Tartu_pedagoogiumi_aruanded, lk 79
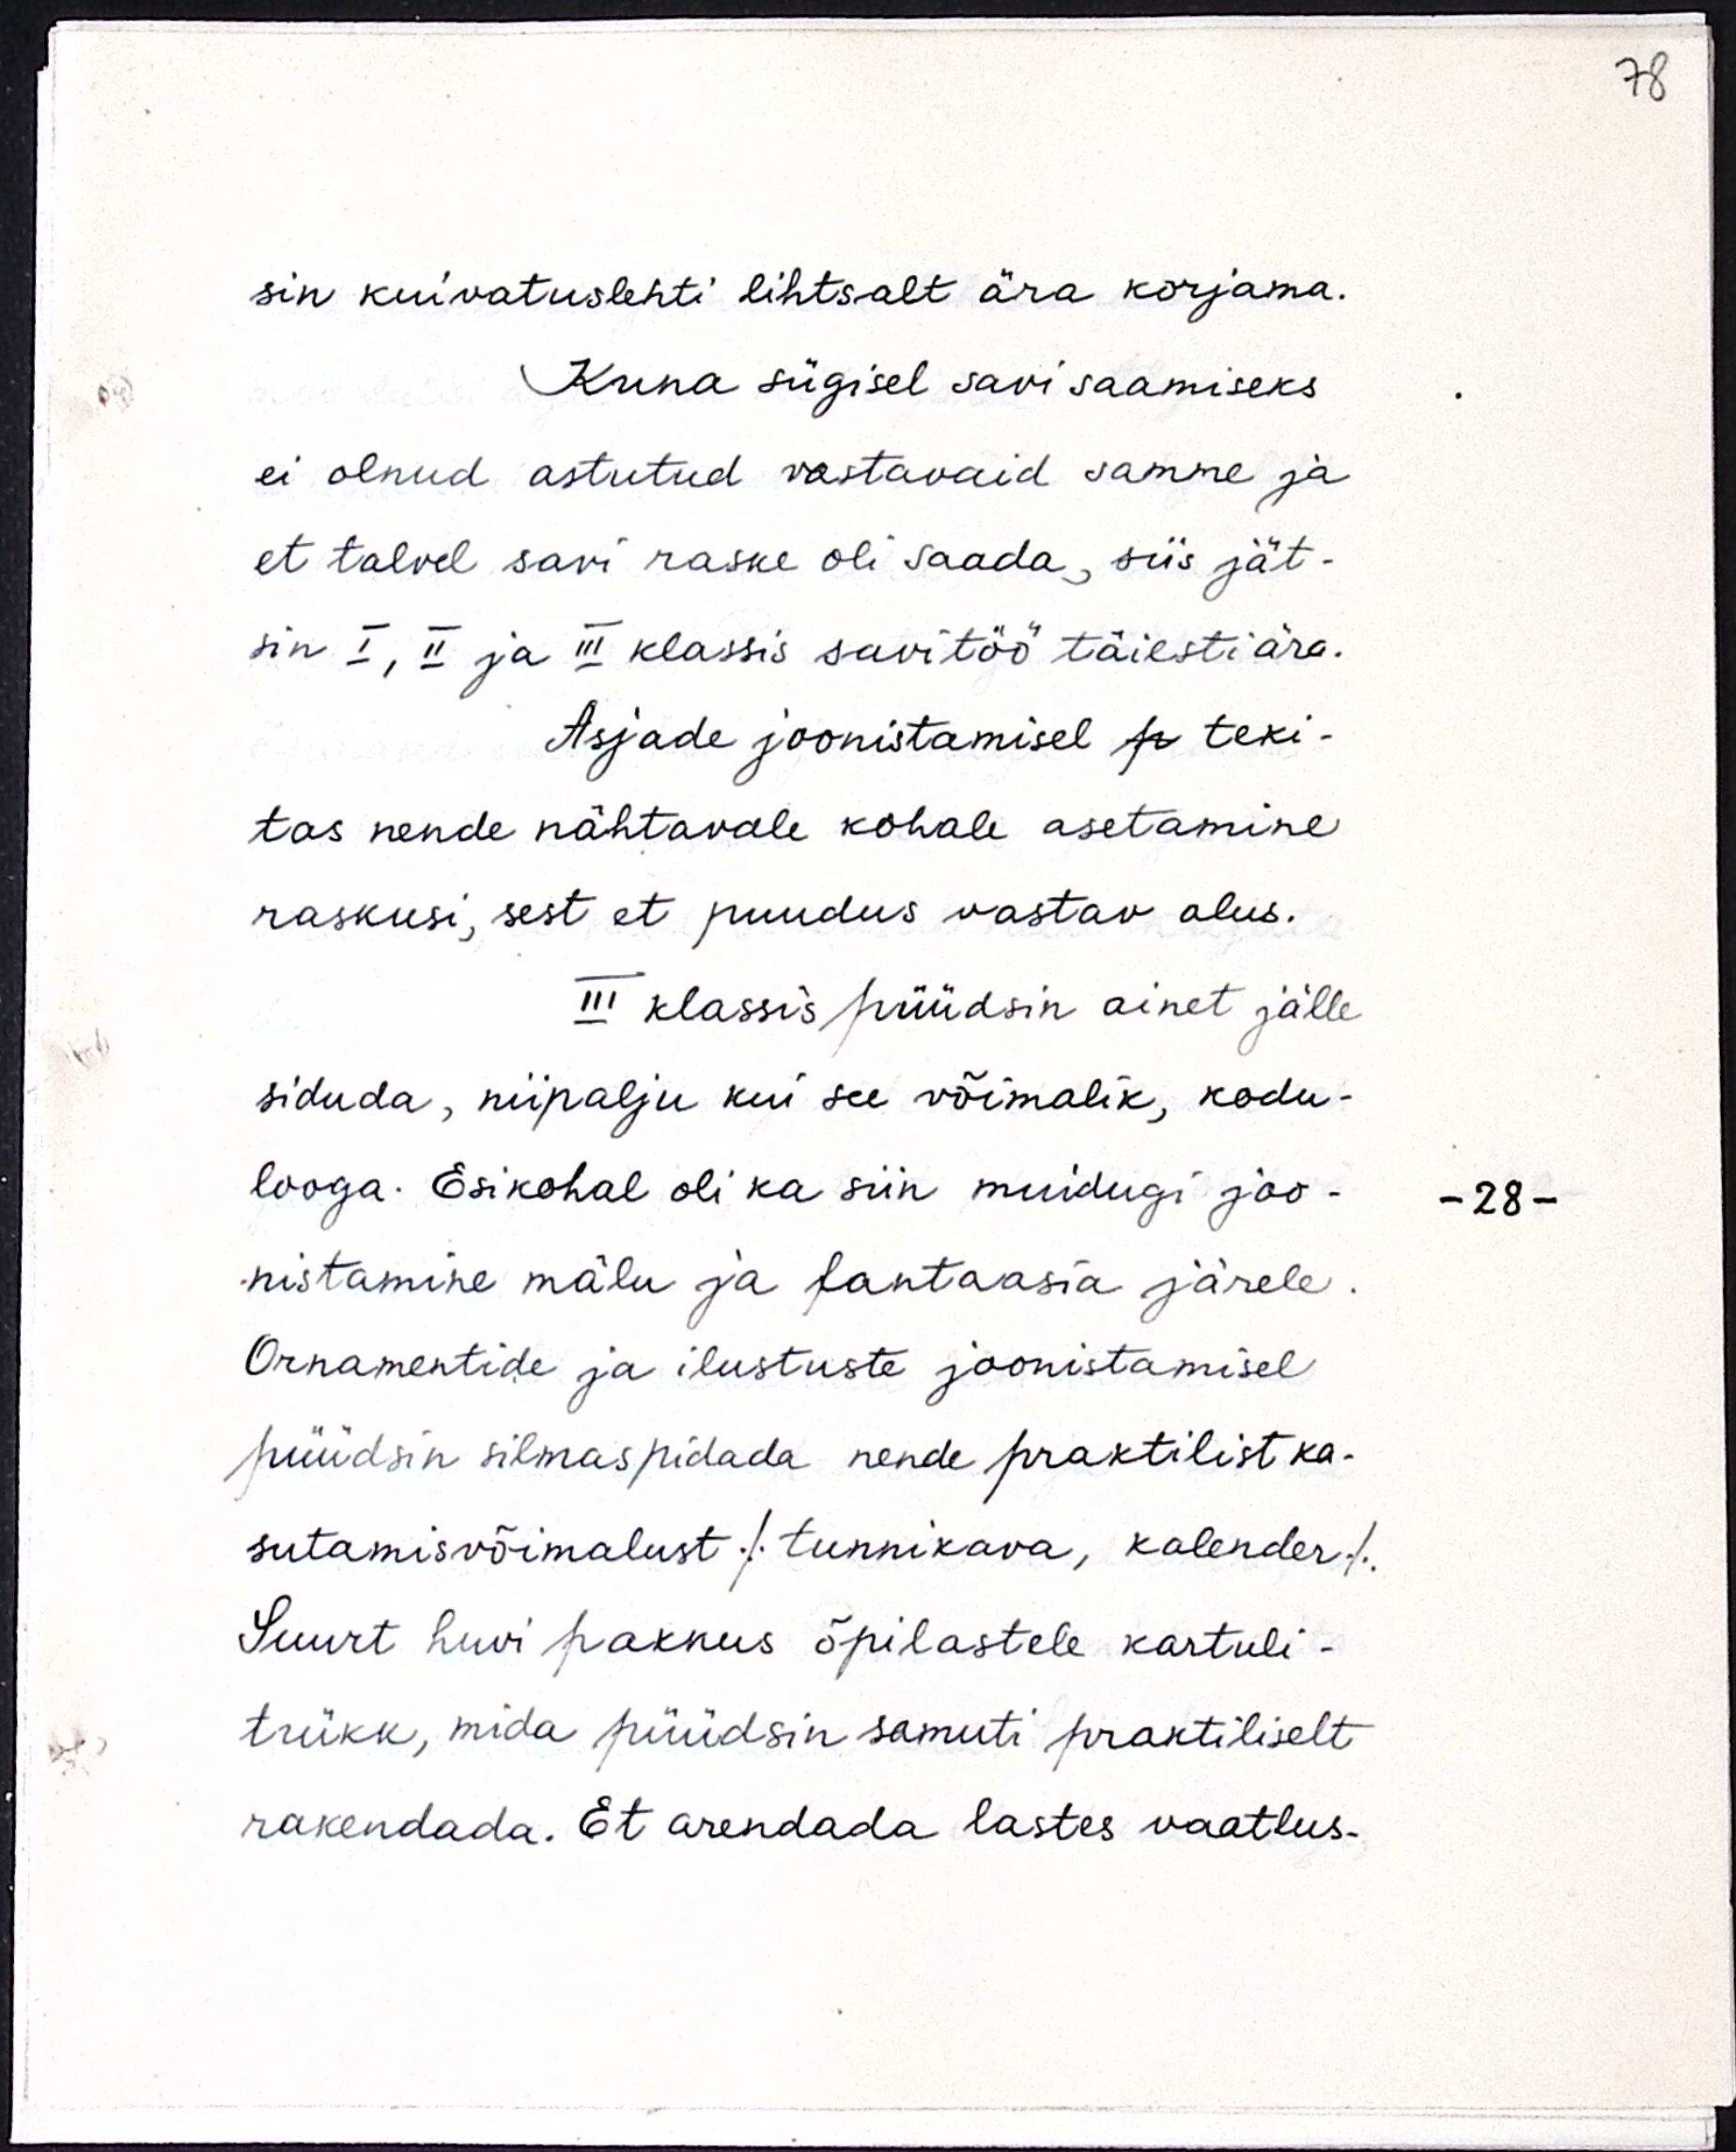
sin kuivatuslehti lihtsalt ära korjama.
Kuna sügisel savi saamiseks
ei olnud astutud vastavaid samme ja
et talvel savi raske oli saada, siis jät-
sin I, II ja III klassis savitöö täiesti ära.
Asjade joonistamisel p teki-
tas nende nähtavale kohale asetamine
raskusi, sest et puudus vastav alus.
III klassis püüdsin ainet jälle
siduda, niipalju kui see võimalik, kodu-
looga. Esikohal oli ka siin muidugi joo-
nistamine mälu ja fantaasia järele.
Ornamentide ja ilustuste joonistamisel
püüdsin silmaspidada nende praktilist ka-
sutamisvõimalust /tunnikava, kalender/.
Suurt huvi pakkus õpilastele kartuli-
trükk, mida püüdsin samuti praktiliselt
rakendada. Et arendada lastes vaatlus-